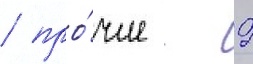
/ про́чие - 9